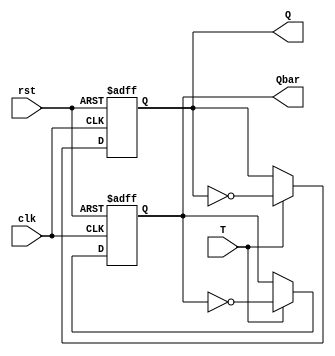
module T_ff(T,clk,rst,Q,Qbar);
  input clk,rst,T;
  output reg Q,Qbar;
  always@(posedge clk or posedge rst) begin
    if(rst) begin
      Q<=1'b0;
      Qbar<=1'b1;
    end
    else if(T==0) begin
      Q<=Q;
      Qbar<=Qbar;
    end
    else begin
      Qbar<= ~Qbar;
      Q<=~Q;
    end
  end
endmodule